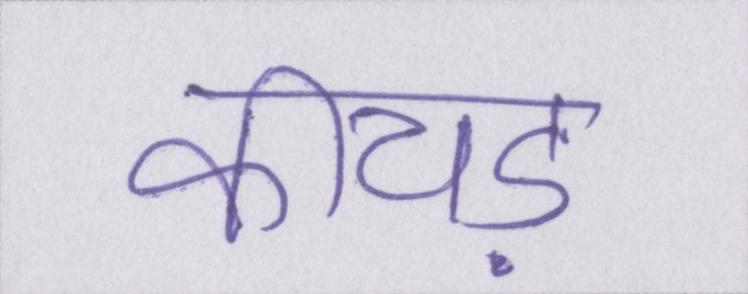
कीचड़